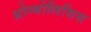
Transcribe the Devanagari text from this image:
थ्रोम्बोलिसिस